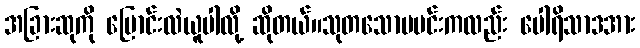
အခြားဆုကို ပြောင်းလဲယူပါလို့ ဆိုတယ်။သုတသောမမင်းကလည်း ပေါရိသာဒအား